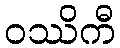
ဝဿိကီ